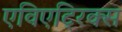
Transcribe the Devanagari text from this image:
एविएट्रिक्स